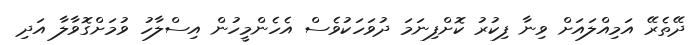
ދޭތެރޭ އަމިއްލައަށް ވިނާ ފިކުރު ކޮށްފިނަމަ ދުވަހަކުވެސް އެހެންމީހުން އިސްލާހު ވުމަށްގޮވާލާ އަދި